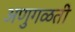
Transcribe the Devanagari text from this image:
अणुगळती